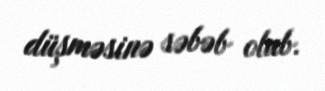
düşməsinə səbəb olub.